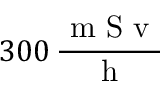
3 0 0 \, \frac { \mathrm { ~ m ~ S ~ v ~ } } { \mathrm { ~ h ~ } }